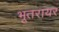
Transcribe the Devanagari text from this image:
भूतरायर